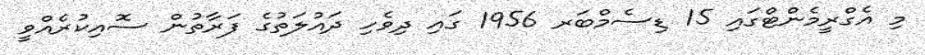
މި އެގްރީމެންޓްގައި 15 ޑިސެމްބަރ 1956 ގައި ދިވެހި ދައުލަތުގެ ފަރާތުން ސޮއިކުރެއްވީ